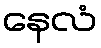
နေလံ